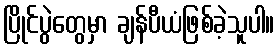
ပြိုင်ပွဲတွေမှာ ချန်ပီယံဖြစ်ခဲ့သူပါ။